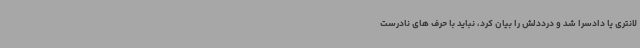
لانتری یا دادسرا شد و درددلش را بیان کرد، نباید با حرف های نادرست